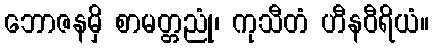
ဘောဇနမှိ စာမတ္တညုံ၊ ကုသီတံ ဟီနဝီရိယံ။